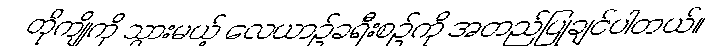
တိုကျိုကို သွားမယ့် လေယာဉ်ခရီးစဉ်ကို အတည်ပြုချင်ပါတယ်။